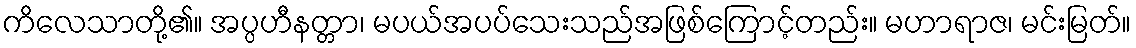
ကိလေသာတို့၏။ အပ္ပဟီနတ္တာ၊ မပယ်အပပ်သေးသည်အဖြစ်ကြောင့်တည်း။ မဟာရာဇ၊ မင်းမြတ်။